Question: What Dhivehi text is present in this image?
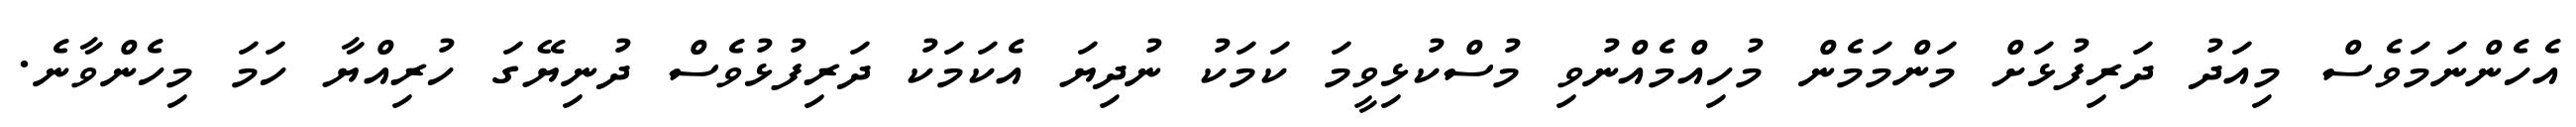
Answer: އެހެންނަމަވެސް މިއަދު ދަރިފުޅަށް މަންމަމެން މުހިއްމެއްނުވި މުސްކުޅިވީމަ ކަމަކު ނުދިޔަ އެކަމަކު ދަރިފުޅުވެސް ދުނިޔޭގަ ހުރިއްޔާ ހަމަ މިހެންވާނެ.